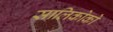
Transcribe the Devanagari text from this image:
सालिकोको